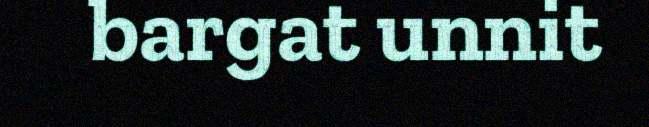
bargat unnit